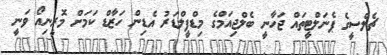
ޗެލްސީގެ ޕެނަލްޓީތައް ޖަހާނީ ބެލްޖިއަމްގެ މިޑްފީލްޑަރު އެޑިން ހަޒާޑް ކަމަށް މޮރީނިއޯ ވަނީ